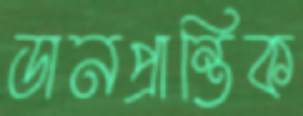
ডানপ্রান্তিক